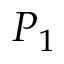
P _ { 1 }